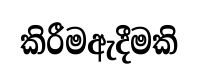
කිරීමඇදීමකි